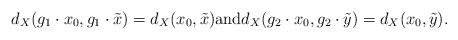
\begin{align*}d_X(g_1 \cdot x_0, g_1 \cdot \tilde{x})=d_X(x_0,\tilde{x}) \mbox{and} d_X(g_2 \cdot x_0, g_2 \cdot \tilde{y})=d_X(x_0,\tilde{y}).\end{align*}